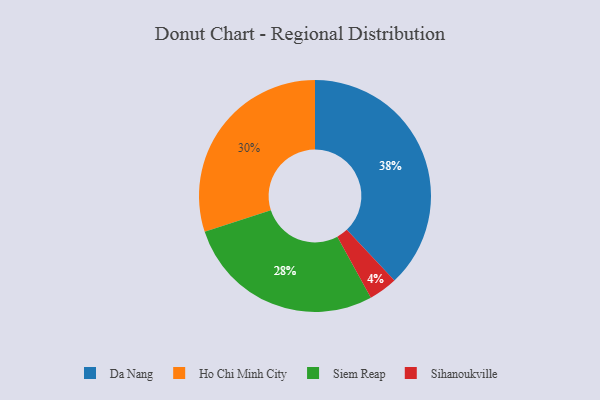
{"axis": {"x": "Category", "y": "Percentage"}, "legend": ["Da Nang", "Ho Chi Minh City", "Siem Reap", "Sihanoukville"], "data": [{"x": "Sihanoukville", "y": 4, "type": "Sihanoukville"}, {"x": "Da Nang", "y": 38, "type": "Da Nang"}, {"x": "Ho Chi Minh City", "y": 30, "type": "Ho Chi Minh City"}, {"x": "Siem Reap", "y": 28, "type": "Siem Reap"}]}